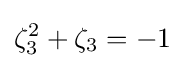
\zeta _{3}^{2}+\zeta _{3}=-1